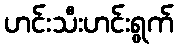
ဟင်းသီးဟင်းရွက်